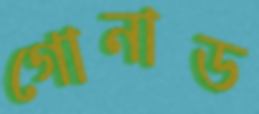
গোনাড